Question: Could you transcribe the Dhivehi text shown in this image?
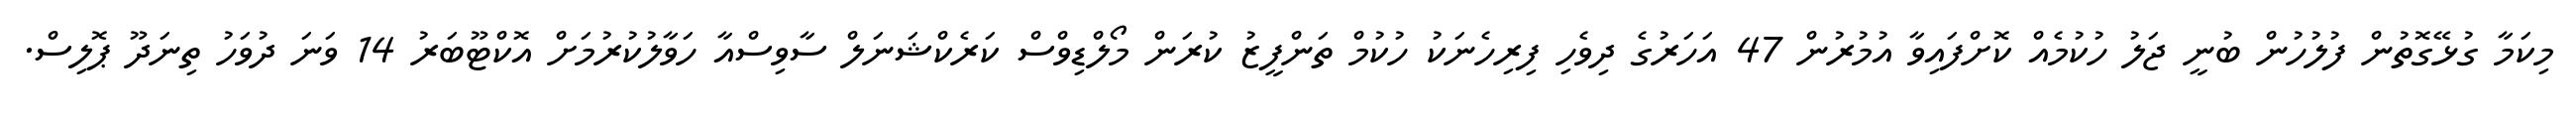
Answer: މިކަމާ ގުޅޭގޮތުން ފުލުހުން ބުނީ ޖަލު ހުކުމެއް ކޮށްފައިވާ އުމުރުން 47 އަހަރުގެ ދިވެހި ފިރިހެނަކު ހުކުމް ތަންފީޒު ކުރަން މޯލްޑިވްސް ކަރެކްޝަނަލް ސާވިސްއާ ހަވާލުކުރުމަށް އޮކްޓޫބަރު 14 ވަނަ ދުވަހު ތިނަދޫ ޕޮލިސް.